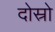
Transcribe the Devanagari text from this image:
दोस्रो